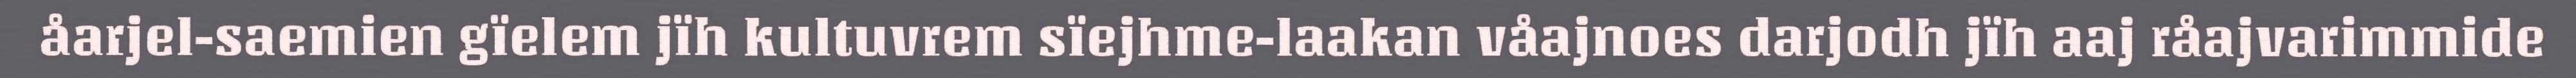
åarjel-saemien gïelem jïh kultuvrem sïejhme-laakan våajnoes darjodh jïh aaj råajvarimmide